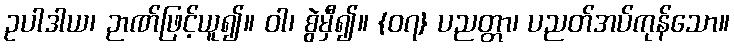
ဥပါဒါယ၊ ဉာဏ်ဖြင့်ယူ၍။ ဝါ၊ စွဲမှီ၍။ {၀၇} ပညတ္တာ၊ ပညတ်အပ်ကုန်သော။